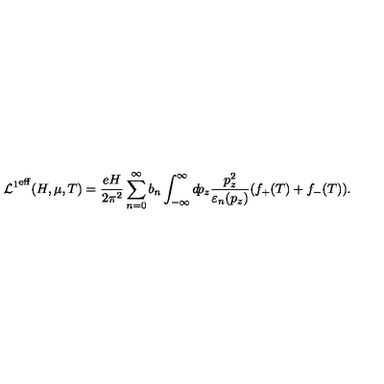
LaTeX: { { \cal L } ^ { 1 } } ^ { \mathrm { e f f } } ( H , \mu , T ) = \frac { e H } { 2 \pi ^ { 2 } } \sum _ { n = 0 } ^ { \infty } b _ { n } \int _ { - \infty } ^ { \infty } d \! p _ { z } { } \frac { p _ { z } ^ { 2 } } { \varepsilon _ { n } ( p _ { z } ) } ( f _ { + } ( T ) + f _ { - } ( T ) ) .